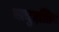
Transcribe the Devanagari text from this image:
मानुदत्तिन